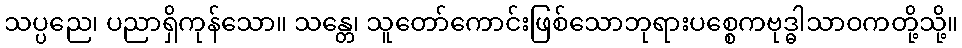
သပ္ပညေ၊ ပညာရှိကုန်သော။ သန္တေ၊ သူတော်ကောင်းဖြစ်သောဘုရားပစ္စေကဗုဒ္ဓါသာဝကတို့သို့။